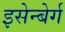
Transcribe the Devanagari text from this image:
इसेन्बेर्ग